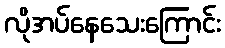
လိုအပ်နေသေးကြောင်း